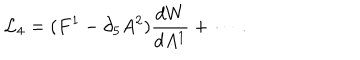
{ \cal L } _ { 4 } = ( F ^ { 1 } - \partial _ { 5 } A ^ { 2 } ) { \frac { d W } { d A ^ { 1 } } } + \cdots \ .